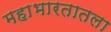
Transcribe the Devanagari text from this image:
महाभारतातला